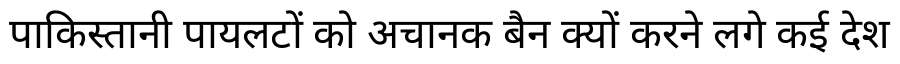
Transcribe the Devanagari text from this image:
पाकिस्तानी पायलटों को अचानक बैन क्यों करने लगे कई देश